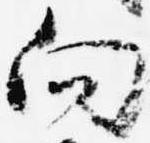
向